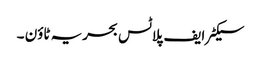
سیکٹر ایف پلاٹس بحریہ ٹاؤن ۔